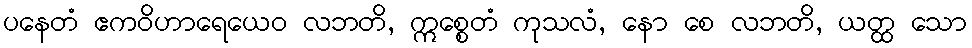
ပနေတံ ဧကဝိဟာရေယေဝ လဘတိ, ဣစ္စေတံ ကုသလံ, နော စေ လဘတိ, ယတ္ထ သော